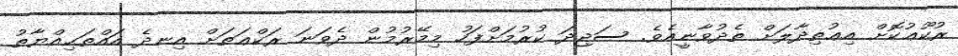
ރުކޫޢުކޮށް އިޢުތިދާލަށް ތެދުވާނީއެވެ. ސަޖިދަ ކުރުމަށްފަހު މިމޭރުމުން ދެވަނަ ރަކްޢަތަށް އިނދެ އައްތަޙިއްޔާތު